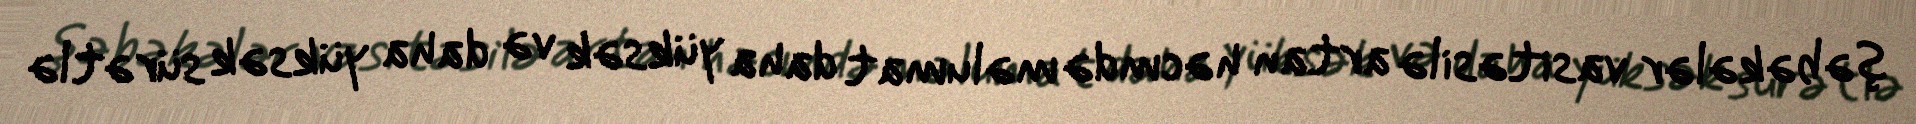
şəbəkələr vasitəsilə artan həcmdə məlumat daha yüksək və daha yüksək sürətlə